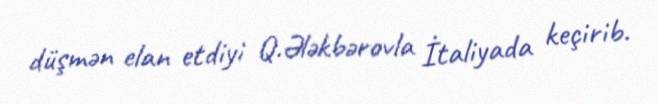
düşmən elan etdiyi Q.Ələkbərovla İtaliyada keçirib.